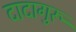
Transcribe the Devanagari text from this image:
दादागुरू